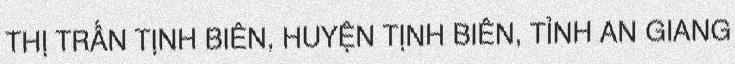
THỊ TRẤN TỊNH BIÊN, HUYỆN TỊNH BIÊN, TỈNH AN GIANG